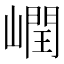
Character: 㠈